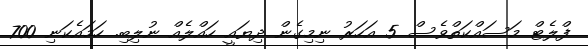
ފްލެޓް މަސައްކަތްވެސް 5 އަހަރު ނިމިގެން ދިޔައީ ހައްލެއް ނުލިބި. ހަމައެކަނި 700